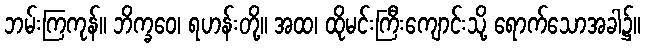
ဘမ်းကြကုန်။ ဘိက္ခဝေ၊ ရဟန်းတို့။ အထ၊ ထိုမင်းကြီးကျောင်းသို့ ရောက်သောအခါ၌။